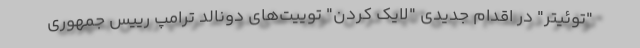
"توئیتر" در اقدام جدیدی "لایک کردن" توییت‌های دونالد ترامپ رییس جمهوری